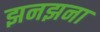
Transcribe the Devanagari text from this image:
झनझना